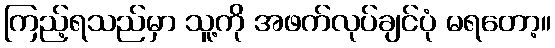
ကြည့်ရသည်မှာ သူ့ကို အဖက်လုပ်ချင်ပုံ မရတော့။